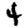
Digit: 4